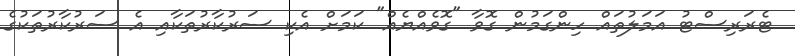
ޓެރަރިސްޓު އަމަލުތައް ހިންގަމުން ގޮވާ "ގޮވެއްޔެއް" ކަމަށް އެކި ސަރުކާރުތަކާއި އެ ސަރުކާރުތަކުގެ